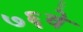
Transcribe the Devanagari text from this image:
७६वे